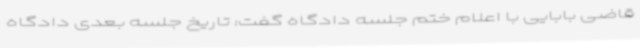
قاضی بابایی با اعلام ختم جلسه دادگاه گفت: تاریخ جلسه بعدی دادگاه